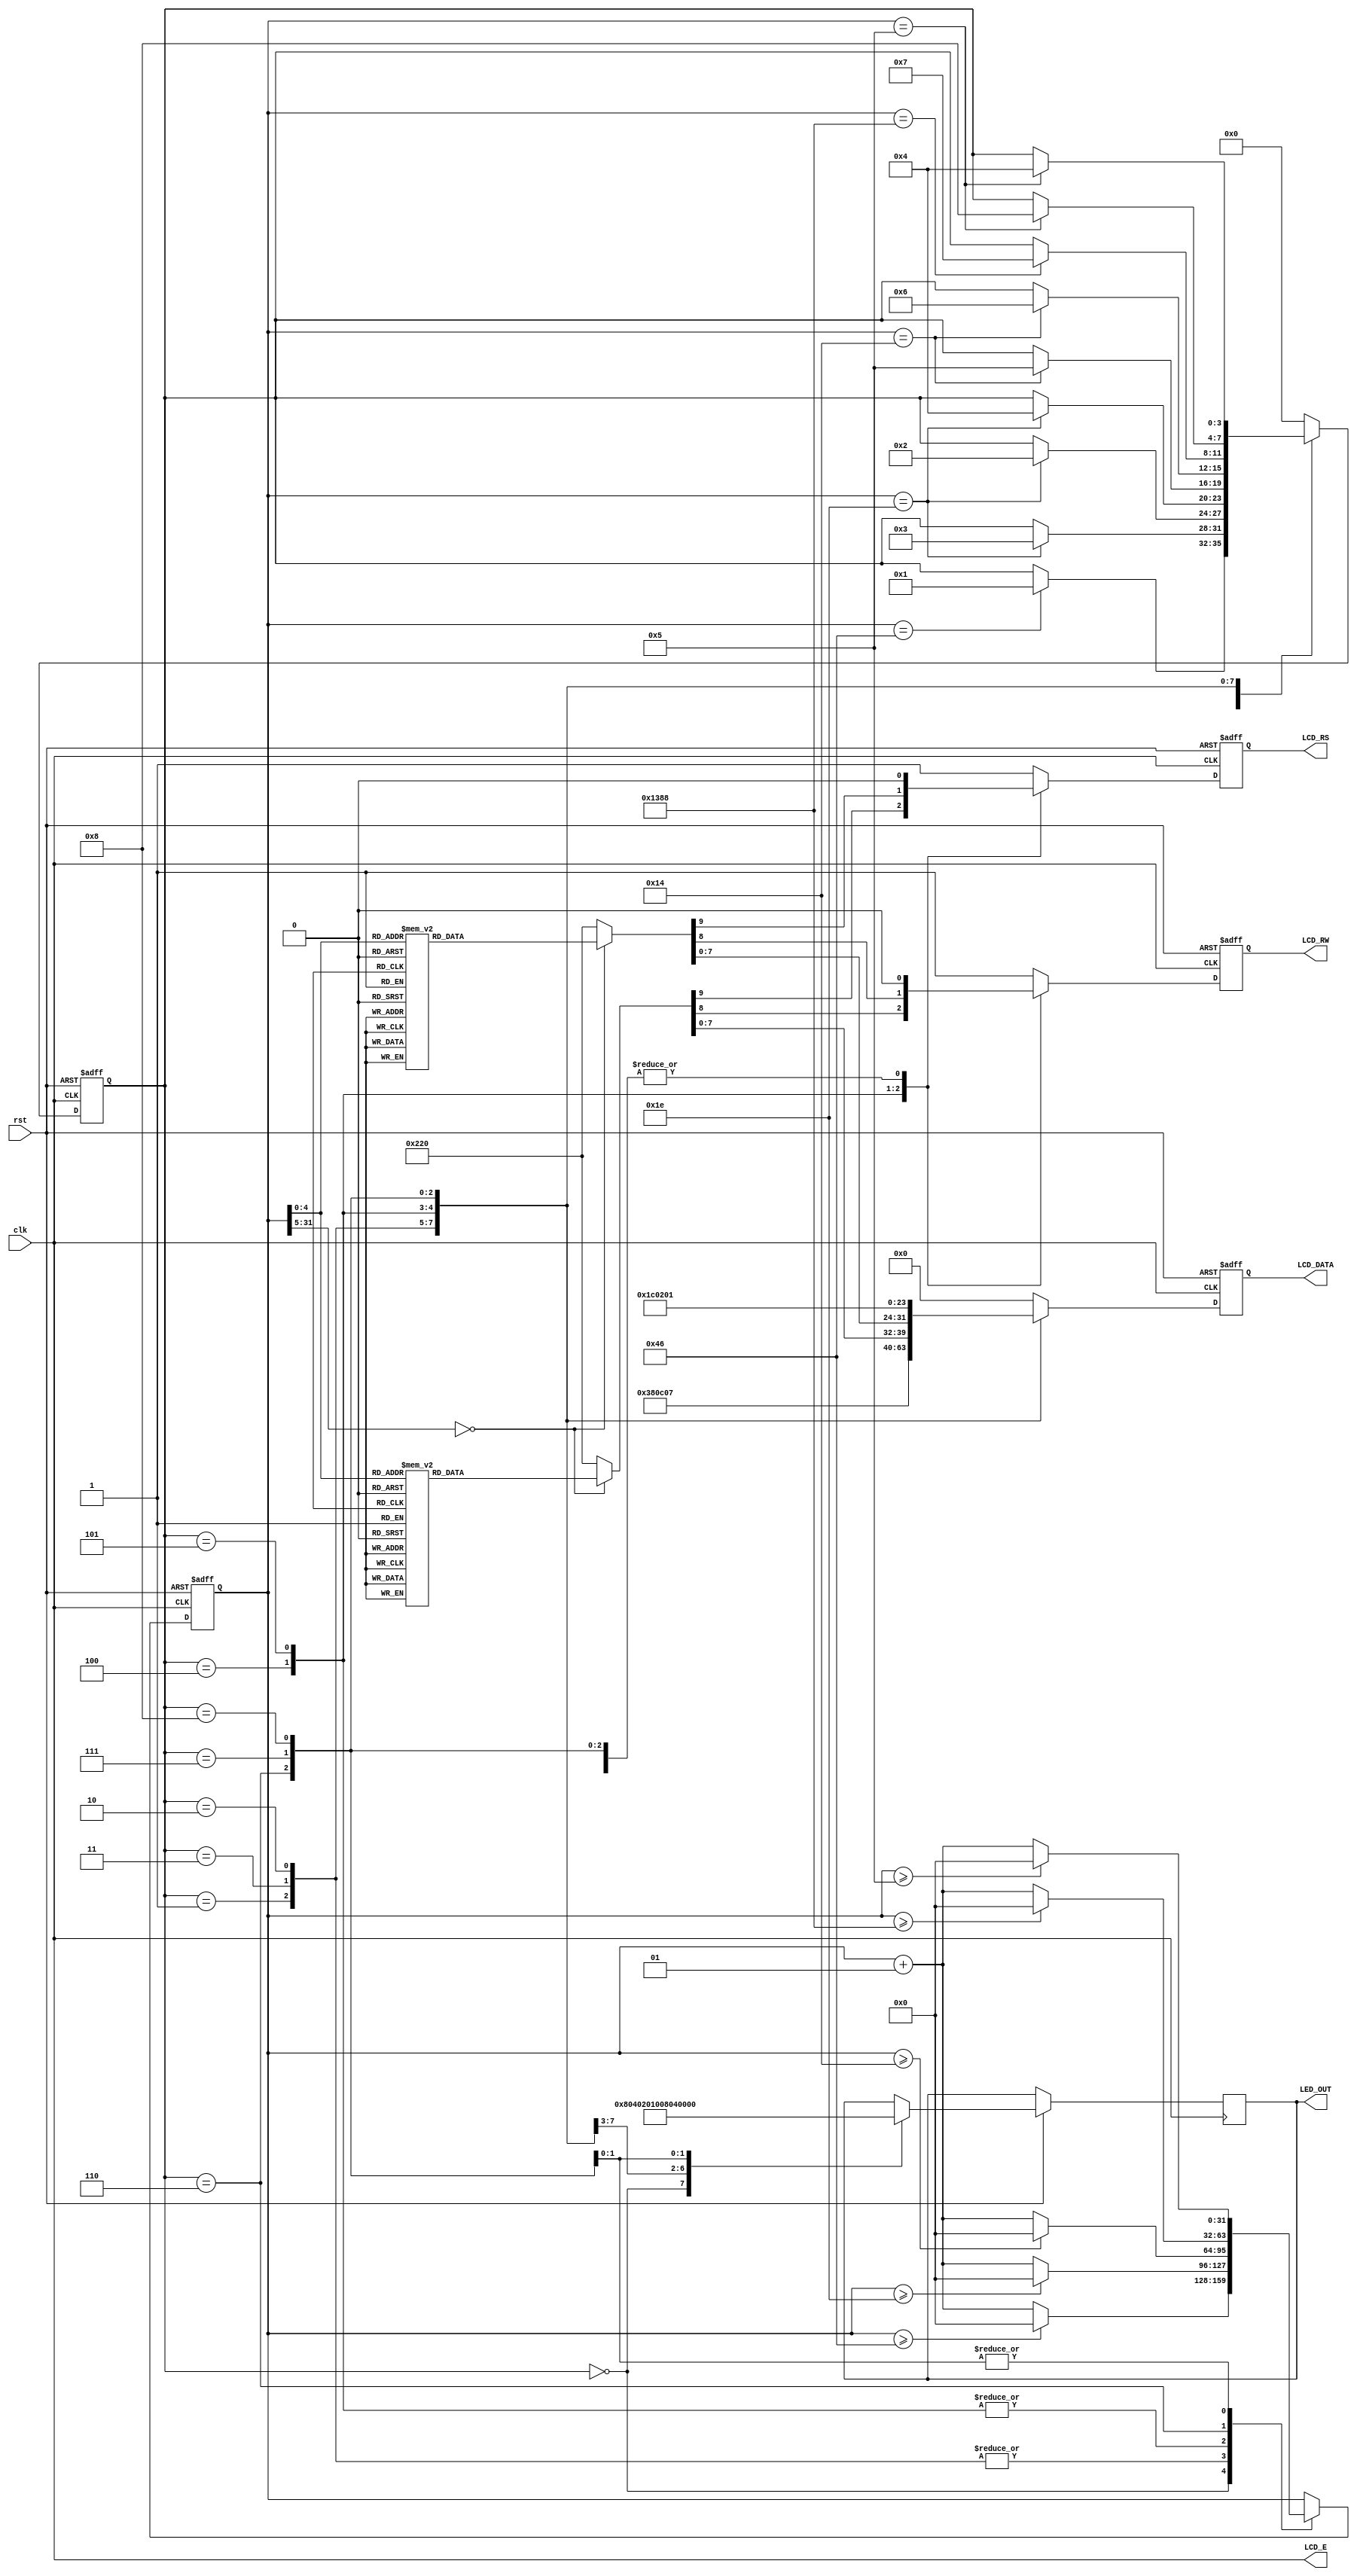
`timescale 1ns / 1ps

module text_LCD_shift(rst, clk, LCD_E, LCD_RS, LCD_RW, LCD_DATA, LED_OUT);

input rst,clk;

output LCD_E;
output reg LCD_RS, LCD_RW;
output reg [7:0] LCD_DATA, LED_OUT;

reg [3:0] state;
parameter DELAY =4'b0000,
          FUNCTION_SET =4'b0001,
          ENTRY_MODE =4'b0010,
          DISP_ONOFF =4'b0011,
          LINE1 =4'b0100,
          LINE2 =4'b0101,
          DISP_SHIFT =4'b0110,// SHIFT Parameter  
          DELAY_T =4'b0111,
          CLEAR_DISP =4'b1000;
          
 integer cnt;         
          
always @(posedge clk or negedge rst)
begin
    if(!rst) begin
        state <= DELAY;
        cnt <=0;
        end
    else
    begin
        case(state)
        DELAY :begin
            if(cnt >=70) cnt <= 0;
            else cnt <= cnt+1;
            LED_OUT <= 8'b1000_0000;
            if(cnt == 70) state = FUNCTION_SET;
        end
        FUNCTION_SET :begin
            if(cnt >=30) cnt <= 0;
            else cnt <= cnt+1;
            LED_OUT <= 8'b0100_0000;
            if(cnt == 30) state <= DISP_ONOFF;
        end
        DISP_ONOFF :begin
            if(cnt >=30) cnt <= 0;
            else cnt <= cnt+1;
            LED_OUT <= 8'b0010_0000;
            if(cnt == 30) state <= ENTRY_MODE;
        end
        ENTRY_MODE :begin
            if(cnt >=30) cnt <= 0;
            else cnt <= cnt+1;
            LED_OUT <= 8'b0001_0000;
            if(cnt == 30) state <= LINE1;
        end
        LINE1 :begin
            if(cnt >=20) cnt <= 0;
            else cnt <= cnt+1;
            LED_OUT <= 8'b0000_1000;
            if(cnt == 20) state <= LINE2;
        end
        LINE2 :begin
            if(cnt >=20) cnt <= 0;
            else cnt <= cnt+1;
            LED_OUT <= 8'b0000_0100;
            if(cnt == 20) state <= DISP_SHIFT;
        end
        DISP_SHIFT :begin
            if(cnt >=5000) cnt <= 0;
            else cnt <= cnt+1;
            if(cnt == 5000) state <= DELAY_T;// LINE2  , SHIFT     .
        end
        DELAY_T :begin
            if(cnt >= 5) cnt <= 0;
            else cnt <= cnt+1;
            LED_OUT <= 8'b0000_0010;
            if(cnt == 5) state <= CLEAR_DISP;
        end
        CLEAR_DISP :begin 
            if(cnt >=5) cnt <= 0;
            else cnt <= cnt+1;
            LED_OUT <= 8'b0000_0001;
            if(cnt == 5) state <= LINE1;
        end
        default : state = DELAY;
     endcase
  end
end
                              
always @(posedge clk or negedge rst)
begin
    if(!rst)
        {LCD_RS, LCD_RW, LCD_DATA} = 10'b1_1_00000000;
    else begin
        case(state)
            FUNCTION_SET :
                {LCD_RS, LCD_RW, LCD_DATA} =10'b0_0_0011_1000;
            DISP_ONOFF :
                {LCD_RS, LCD_RW, LCD_DATA} =10'b0_0_0000_1100;
            ENTRY_MODE :
                {LCD_RS, LCD_RW, LCD_DATA} =10'b0_0_0000_0111; //S=1   SHIFT  .  
            LINE1 : begin
                case(cnt)
                    00 : {LCD_RS, LCD_RW, LCD_DATA} =10'b0_0_1000_0000; //        
                    01 : {LCD_RS, LCD_RW, LCD_DATA} =10'b1_0_0010_0000; // 
                    02 : {LCD_RS, LCD_RW, LCD_DATA} =10'b1_0_0100_1000; // H
                    03 : {LCD_RS, LCD_RW, LCD_DATA} =10'b1_0_0100_0101; // E
                    04 : {LCD_RS, LCD_RW, LCD_DATA} =10'b1_0_0100_1100; // L
                    05 : {LCD_RS, LCD_RW, LCD_DATA} =10'b1_0_0100_1100; // L
                    06 : {LCD_RS, LCD_RW, LCD_DATA} =10'b1_0_0100_1111; // O
                    07 : {LCD_RS, LCD_RW, LCD_DATA} =10'b1_0_0010_0000; // 
                    08 : {LCD_RS, LCD_RW, LCD_DATA} =10'b1_0_0101_0111; // W
                    09 : {LCD_RS, LCD_RW, LCD_DATA} =10'b1_0_0100_1111; // O
                    10 : {LCD_RS, LCD_RW, LCD_DATA} =10'b1_0_0101_0010; // R
                    11 : {LCD_RS, LCD_RW, LCD_DATA} =10'b1_0_0100_1100; // L
                    12 : {LCD_RS, LCD_RW, LCD_DATA} =10'b1_0_0100_0100; // D
                    13 : {LCD_RS, LCD_RW, LCD_DATA} =10'b1_0_0010_0001; // !
                    14 : {LCD_RS, LCD_RW, LCD_DATA} =10'b1_0_0010_0000; // 
                    15 : {LCD_RS, LCD_RW, LCD_DATA} =10'b1_0_0010_0000; // 
                    16 : {LCD_RS, LCD_RW, LCD_DATA} =10'b1_0_0010_0000; // 
                    default : {LCD_RS, LCD_RW, LCD_DATA} =10'b1_0_0010_0000; // 
                 endcase
              end
             LINE2 : begin
                case(cnt)
                    00 : {LCD_RS, LCD_RW, LCD_DATA} =10'b0_0_1100_0000; //        
                    01 : {LCD_RS, LCD_RW, LCD_DATA} =10'b1_0_0011_0010; // 2
                    02 : {LCD_RS, LCD_RW, LCD_DATA} =10'b1_0_0011_0000; // 0
                    03 : {LCD_RS, LCD_RW, LCD_DATA} =10'b1_0_0011_0001; // 1
                    04 : {LCD_RS, LCD_RW, LCD_DATA} =10'b1_0_0011_1001; // 9
                    05 : {LCD_RS, LCD_RW, LCD_DATA} =10'b1_0_0011_0100; // 4
                    06 : {LCD_RS, LCD_RW, LCD_DATA} =10'b1_0_0011_0100; // 4
                    07 : {LCD_RS, LCD_RW, LCD_DATA} =10'b1_0_0011_0000; // 0
                    08 : {LCD_RS, LCD_RW, LCD_DATA} =10'b1_0_0011_0001; // 1
                    09 : {LCD_RS, LCD_RW, LCD_DATA} =10'b1_0_0011_0010; // 2
                    10 : {LCD_RS, LCD_RW, LCD_DATA} =10'b1_0_0011_0110; // 6
                    11 : {LCD_RS, LCD_RW, LCD_DATA} =10'b1_0_0010_0000; // 
                    12 : {LCD_RS, LCD_RW, LCD_DATA} =10'b1_0_0100_1010; // J
                    13 : {LCD_RS, LCD_RW, LCD_DATA} =10'b1_0_0100_1000; // H
                    14 : {LCD_RS, LCD_RW, LCD_DATA} =10'b1_0_0101_0011; // S
                    15 : {LCD_RS, LCD_RW, LCD_DATA} =10'b1_0_0010_0000; // 
                    16 : {LCD_RS, LCD_RW, LCD_DATA} =10'b1_0_0010_0000; // 
                    default : {LCD_RS, LCD_RW, LCD_DATA} =10'b1_0_0010_0000; // 
                 endcase
              end 
            DISP_SHIFT :
                {LCD_RS, LCD_RW, LCD_DATA} = 10'b0_0_0001_1100;  // DISP_SHIFT , S/C=1, R/L=1    SHIFT
            DELAY_T :
                {LCD_RS, LCD_RW, LCD_DATA} = 10'b0_0_0000_0010;
            CLEAR_DISP :
                {LCD_RS, LCD_RW, LCD_DATA} = 10'b0_0_0000_0001;
            default :
                {LCD_RS, LCD_RW, LCD_DATA} = 10'b1_1_0000_0000;              
          endcase
      end
  end
  
  assign LCD_E = clk;                  

endmodule